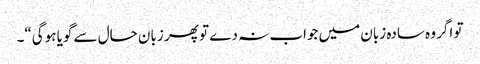
تو اگر وہ سادہ زبان میں جواب نہ دے تو پھر زبان حال سے گویا ہوگی“۔